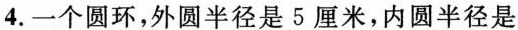
4.一个圆环，外圆半径是5厘米，内圆半径是